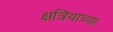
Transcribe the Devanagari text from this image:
क्षत्रियाच्या